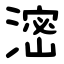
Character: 滵